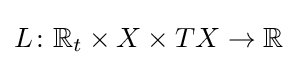
L\colon {\mathbb {R} }_{t}\times X\times TX\to {\mathbb {R} }